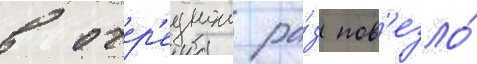
в очер'еднои ра́з пов'езло́